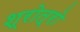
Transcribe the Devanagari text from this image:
श्रोत्रो